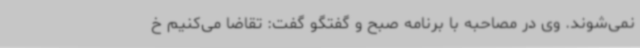
نمی‌شوند. وی در مصاحبه با برنامه صبح و گفتگو گفت: تقاضا می‌کنیم خ